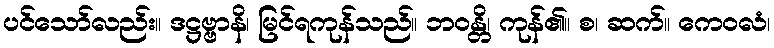
ပင်သော်လည်း။ ဒဋ္ဌဗ္ဗာနိ၊ မြင်ရကုန်သည်။ ဘဝန္တိ၊ ကုန်၏။ စ၊ ဆက်။ ကေဝလံ၊